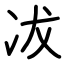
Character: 冹